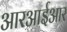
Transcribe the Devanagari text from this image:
आरआईआर